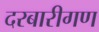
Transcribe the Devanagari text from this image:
दरबारीगण